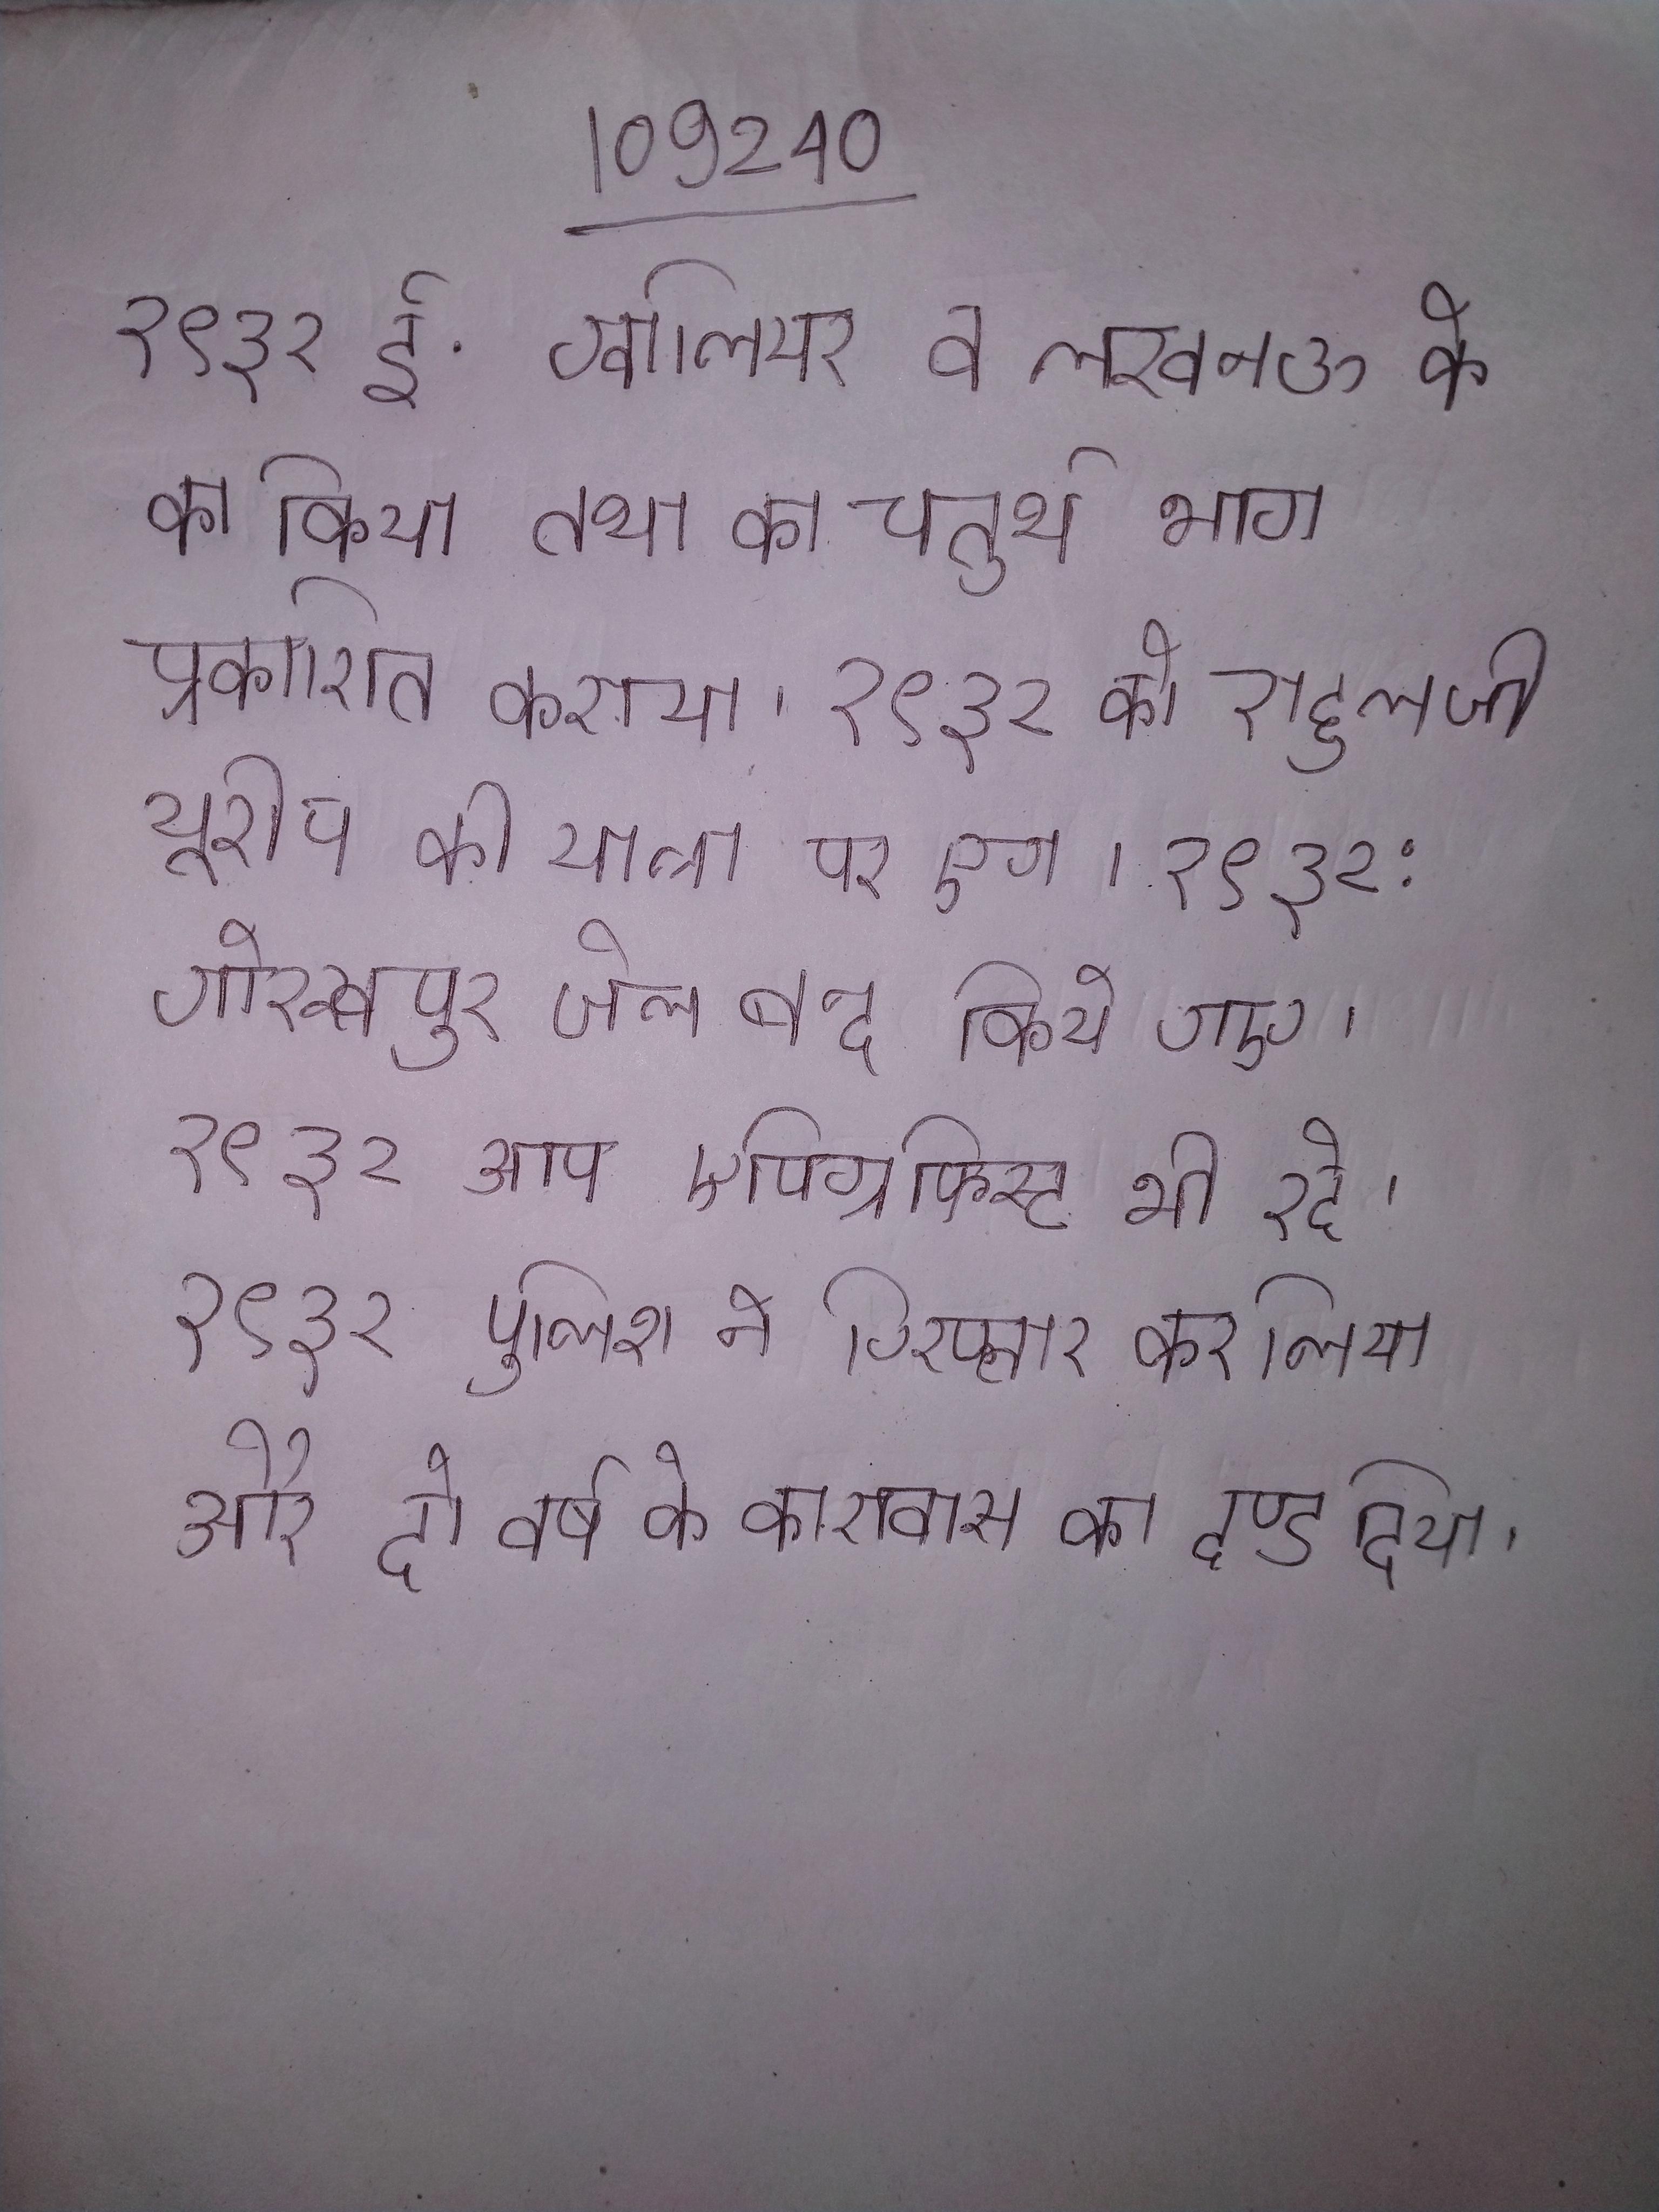
१९३२ ई. ग्वालियर व लखनऊ के का किया तथा का चतुर्थ भाग प्रकाशित कराया । १९३२ को राहुल जी यूरोप की यात्रा पर गए । १९३२: गोरखपुर जेल बन्द किये गए । १९३२ आप एपिग्राफिस्ट भी रहे । १९३२ पुलिस ने गिरफ्तार कर लिया और दो वर्ष के कारावास का दण्ड दिया ।